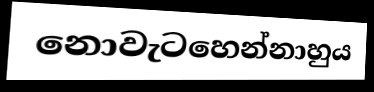
නොවැටහෙන්නාහුය